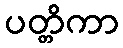
ပတ္တိကာ